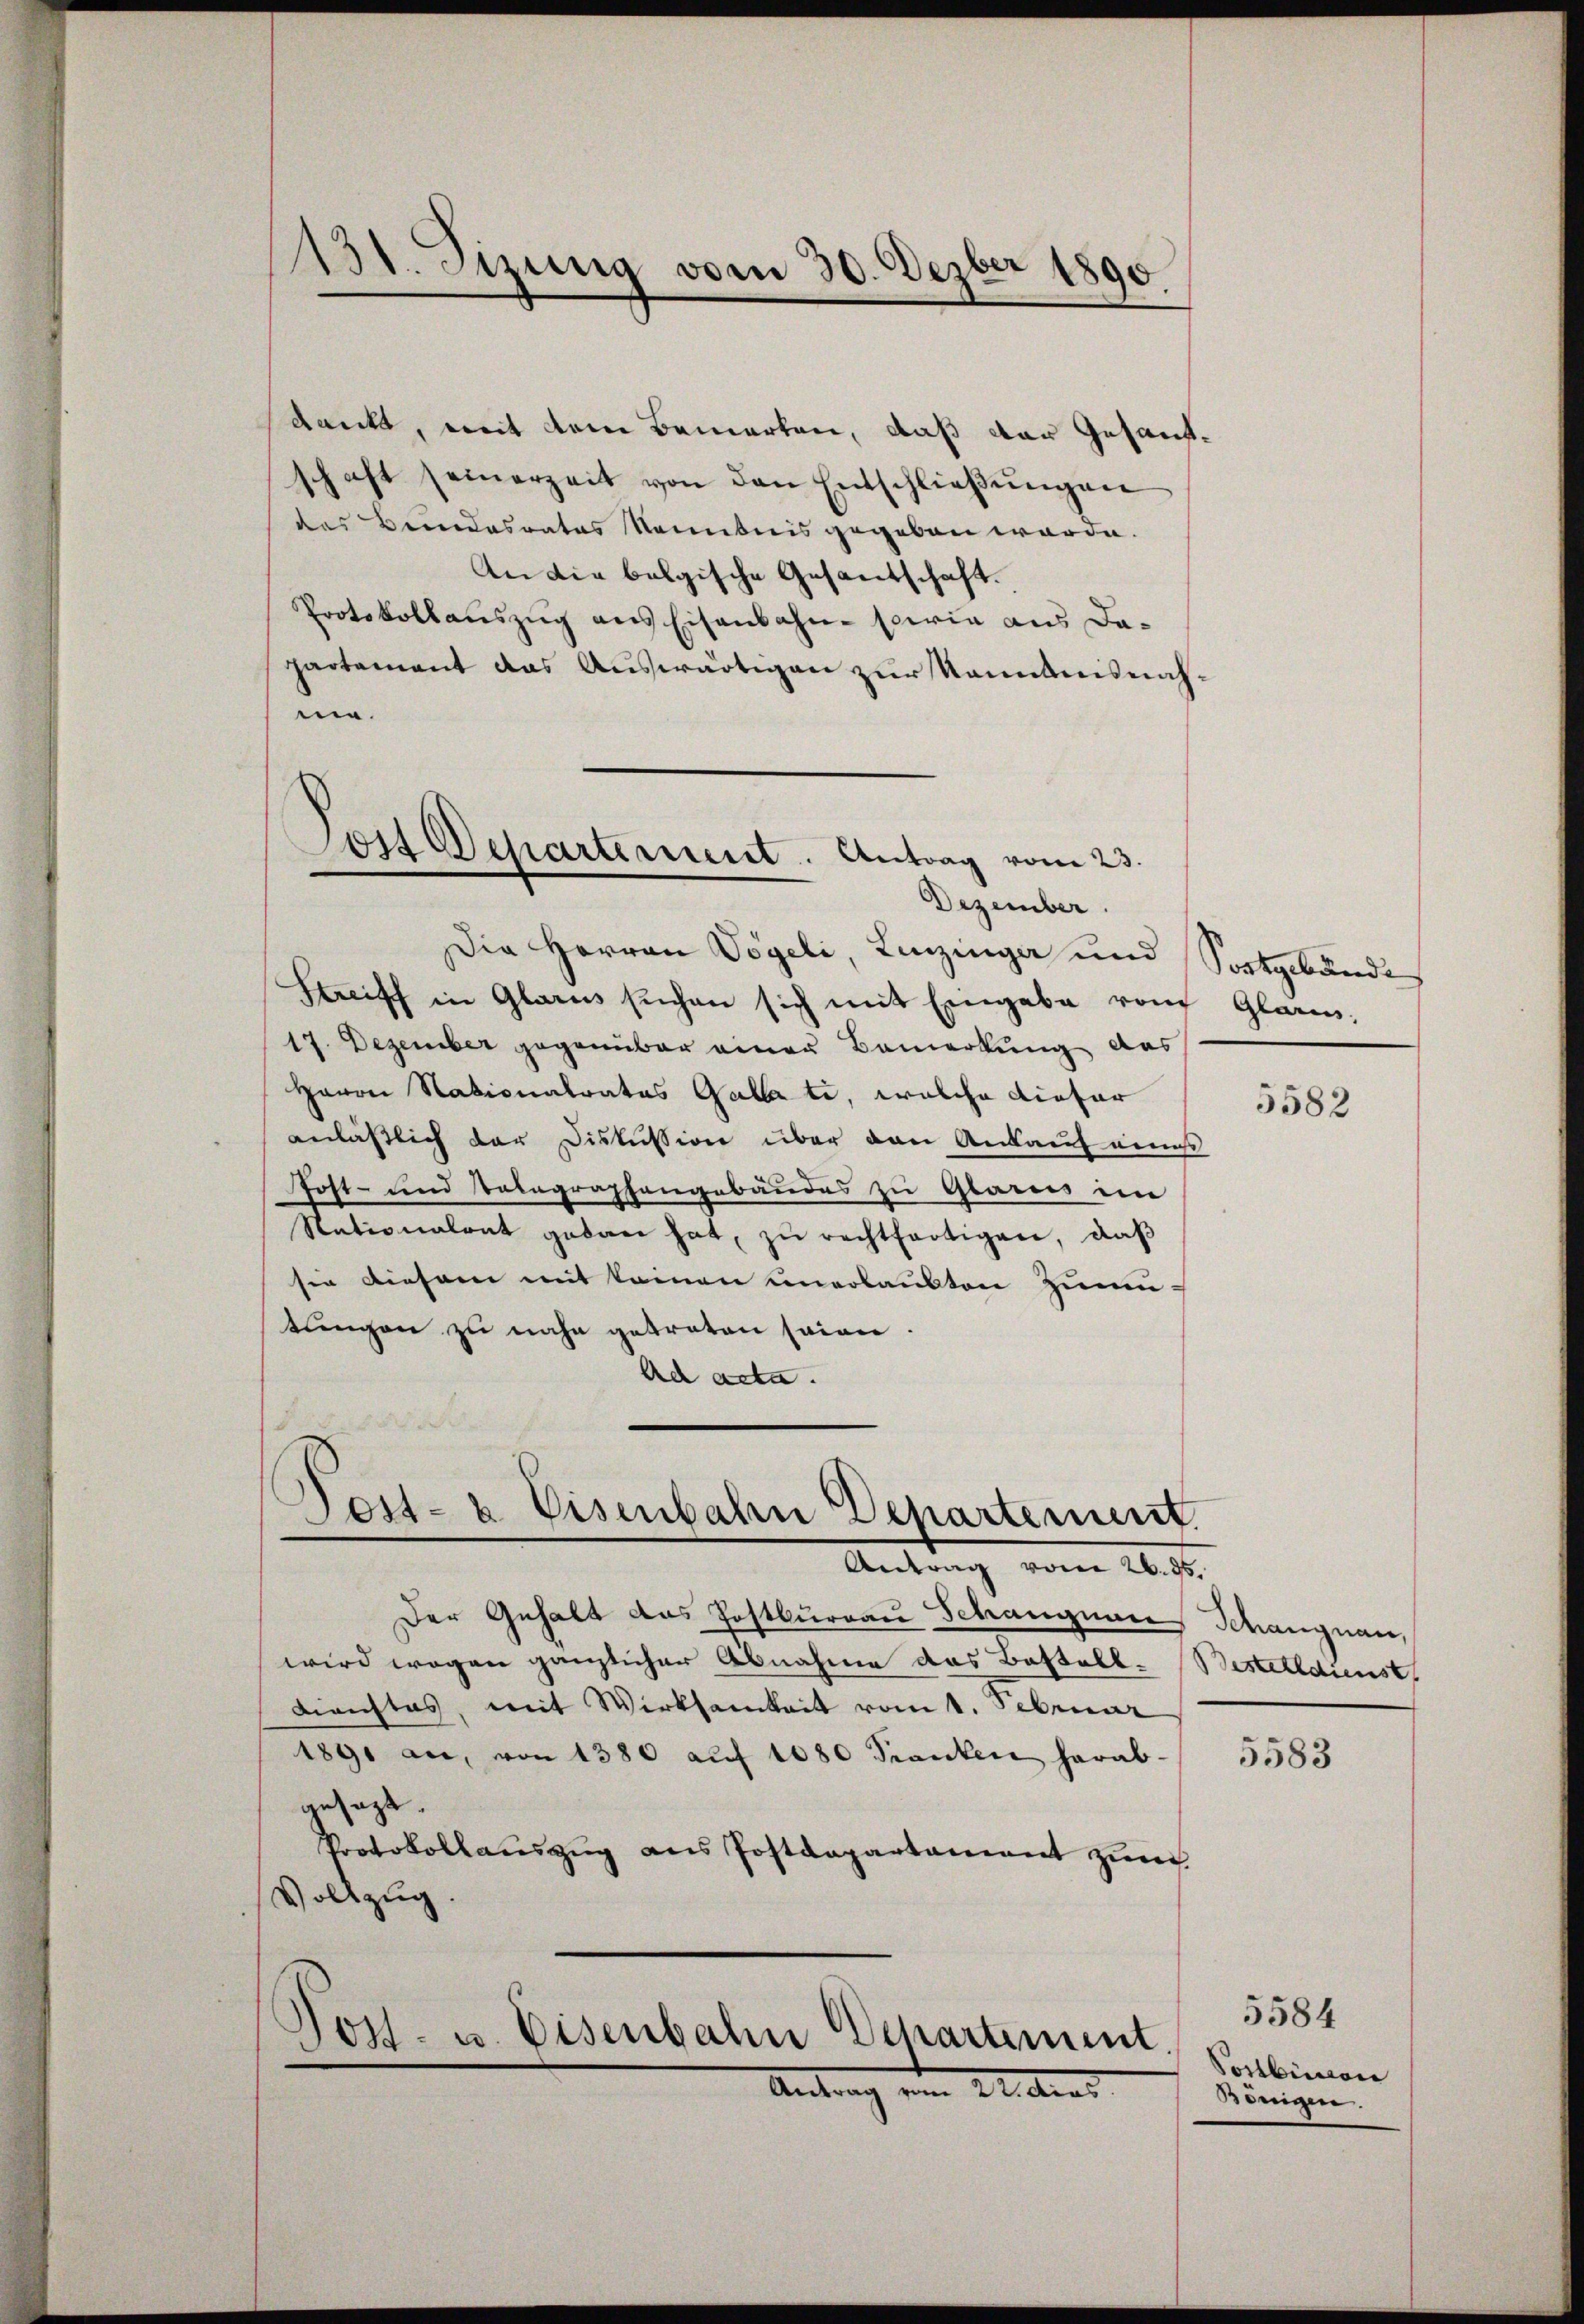
131. Sizung vom 30. Dezber 1890.

dankt, mit dem Bemerken, daß der Gesandschaft seinerzeit von den Entschlieβŭngen
des Beendesrates Raubnis gegeben würde.
An die belgische Gesandschaft.
Protokollauszug aus Eisenbahn- sowie aus Dapartement das Auswärtigen zur Kenntnisnahne.
Die Herren Vögeli Linzinge und Sortgebäude
snisch in Glarus suchen sich mit Eingabe vom Glarus,
17. Dezember gegenüber einer Bemerkung des
Herrn Nationalrates Galla ti, welche diefer
anlässlich der Diskussion über den Ankauf eines
Post- und Telegraphengebäudes zu Glarus im
Nationalrat geban hat, zŭ rechtfertigen, daβ
sie diesem mit keinen unerlaubten Zumu-
tungen zu nahe getreten seien.
Ad acta.

Jost Departement. Antrag vom 23.
Dezember.

Post- & Eisenbahn Departement

Antrag vom 26. ds.
Der Gehalt das Postburgau Schangener
wird wegen gänzlicher Abnahme das Bestell¬
Dienstes, mit Wirksamkeit vom 1. Februar
1891 an, von 1380 aŭf 1080 Pranten herab-
gesagt.
Protokollaŭszŭg ans Postdepartament zŭm
Vollzug.
Jost- u. Eisenbahn Departement.
Antrag von M. dans

5582

Schangnau,
Bestelldienst

5583

5584
Vorbiren
Königen.